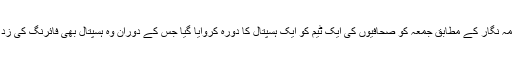
ہمارے نامہ نگار کے مطابق جمعہ کو صحافیوں کی ایک ٹیم کو ایک ہسپتال کا دورہ کروایا گیا جس کے دوران وہ ہسپتال بھی فائرنگ کی زد میں آ گیا۔